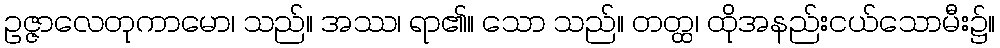
ဥဇ္ဇာလေတုကာမော၊ သည်။ အဿ၊ ရာ၏။ သော သည်။ တတ္ထ၊ ထိုအနည်းငယ်သောမီး၌။